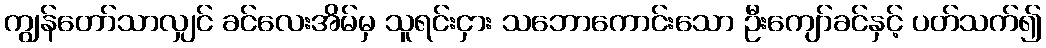
ကျွန်တော်သာလျှင် ခင်လေးအိမ်မှ သူရင်းငှား သဘောကောင်းသော ဦးကျော်ခင်နှင့် ပတ်သက်၍